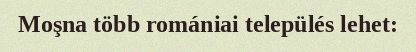
Moşna több romániai település lehet: